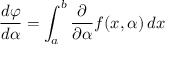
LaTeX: { \frac { d \varphi } { d \alpha } } = \int _ { a } ^ { b } { \frac { \partial } { \partial \alpha } } f ( x , \alpha ) \, d x